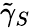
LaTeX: \tilde{\gamma}_{S}